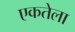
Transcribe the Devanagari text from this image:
एकतेला